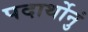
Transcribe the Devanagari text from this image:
पदार्थोनुं